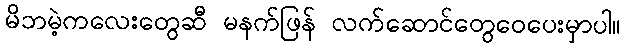
မိဘမဲ့ကလေးတွေဆီ မနက်ဖြန် လက်ဆောင်တွေဝေပေးမှာပါ။